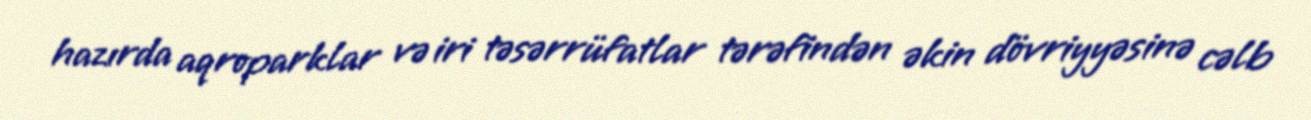
hazırda aqroparklar və iri təsərrüfatlar tərəfindən əkin dövriyyəsinə cəlb